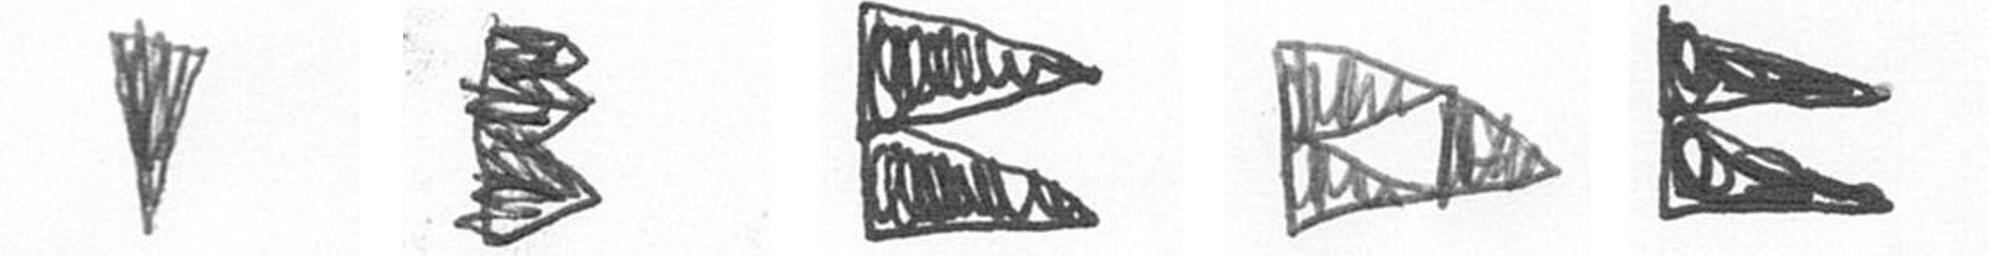
J H P K P